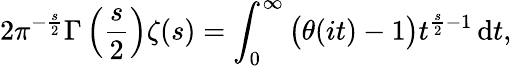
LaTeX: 2\pi^{-{\frac{s}{2}}}\Gamma\left({\frac{s}{2}}\right)\zeta(s)=\int_{0}^{\infty}{\bigl(}\theta(it)-1{\bigr)}t^{{\frac{s}{2}}-1}\, \mathrm{d}t,